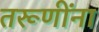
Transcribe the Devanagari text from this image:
तरूणींना